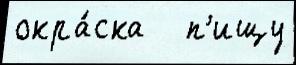
окра́ска   п'ищу